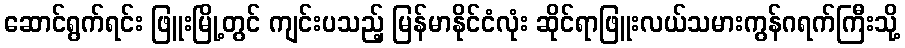
ဆောင်ရွက်ရင်း ဖြူးမြို့တွင် ကျင်းပသည့် မြန်မာနိုင်ငံလုံး ဆိုင်ရာဖြူးလယ်သမားကွန်ဂရက်ကြီးသို့